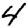
Digit: 4